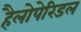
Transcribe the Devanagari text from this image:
हैलोपेरिडल